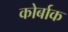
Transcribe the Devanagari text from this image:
कोर्बाक